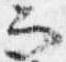
而